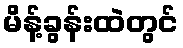
မိန့်ခွန်းထဲတွင်